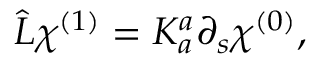
\hat { L } \chi ^ { ( 1 ) } = K _ { a } ^ { a } \partial _ { s } \chi ^ { ( 0 ) } ,